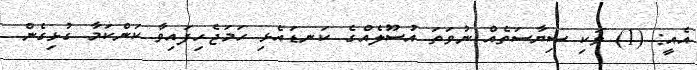
އެއީ: (1) ވަކި ސިޔާސަތެއް ނުވަތަ އުސޫލެއްގެ ކަނޑައެޅި ހަމަޖެހިފައިވާ ކަންކަމާ ގުޅިގެން